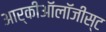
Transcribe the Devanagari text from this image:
आर्कीऑलॉजीस्ट